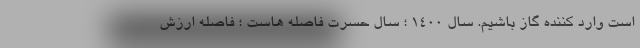
است وارد کننده گاز باشیم. سال ۱۴۰۰ ؛ سال حسرت فاصله هاست ؛ فاصله ارزش